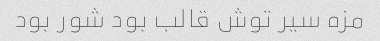
مزه سیر توش قالب بود شور بود